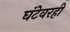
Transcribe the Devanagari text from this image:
घंटेवरही